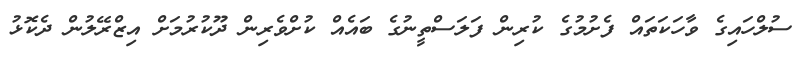
ސުލްހައިގެ ވާހަކަތައް ފެށުމުގެ ކުރިން ފަލަސްތީނުގެ ބައެއް ކުށްވެރިން ދޫކުރުމަށް އިޒްރޭލުން ދެކޮޅު